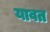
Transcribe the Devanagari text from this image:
यावत